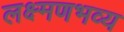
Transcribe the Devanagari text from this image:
लक्ष्मणभव्य